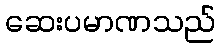
ဆေးပမာဏသည်